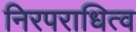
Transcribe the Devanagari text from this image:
निरपराधित्व